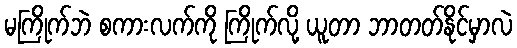
မကြိုက်ဘဲ စကားလက်ကို ကြိုက်လို့ ယူတာ ဘာတတ်နိုင်မှာလဲ